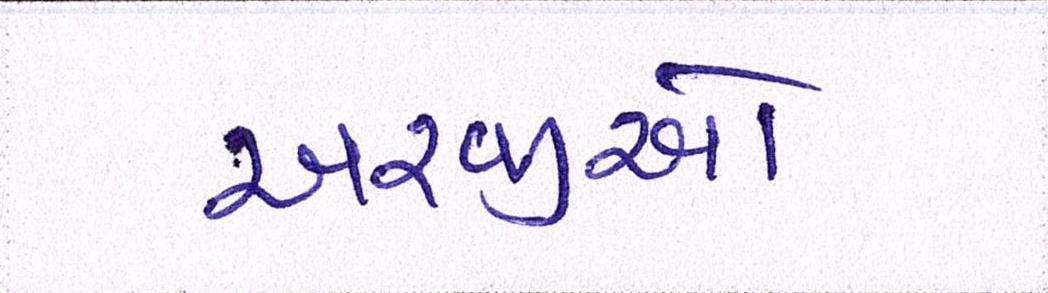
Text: અરજીઓ